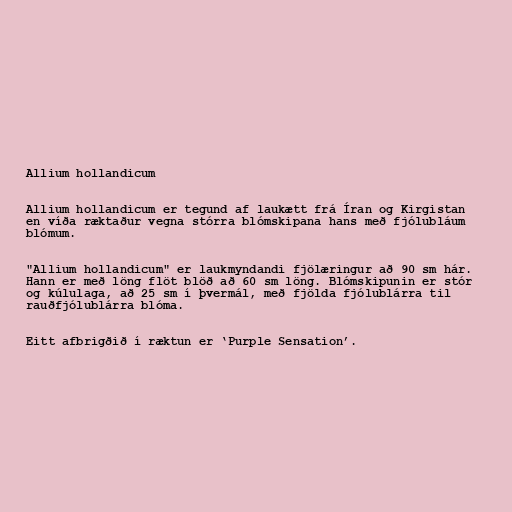
Allium hollandicum

Allium hollandicum er tegund af laukætt frá Íran og Kirgistan
en víða ræktaður vegna stórra blómskipana hans með fjólubláum
blómum.

"Allium hollandicum" er laukmyndandi fjölæringur að 90 sm hár.
Hann er með löng flöt blöð að 60 sm löng. Blómskipunin er stór
og kúlulaga, að 25 sm í þvermál, með fjölda fjólublárra til
rauðfjólublárra blóma.

Eitt afbrigðið í ræktun er ‘Purple Sensation’.